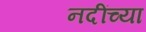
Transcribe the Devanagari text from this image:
नदींच्या